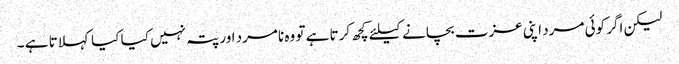
لیکن اگر کوئی مرد اپنی عزت بچانے کیلئے کچھ کرتا ہے تو وہ نامرد اور پتہ نہیں کیا کیا کہلاتا ہے ۔